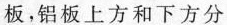
板，铝板上方和下方分